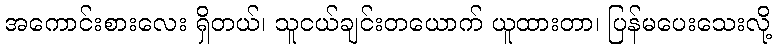
အကောင်းစားလေး ရှိတယ်၊ သူငယ်ချင်းတယောက် ယူထားတာ၊ ပြန်မပေးသေးလို့